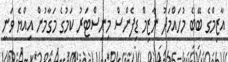
އާޒިމްގެ ބޭބެ މުހައްމަދު ނާޒިމް ޑިފެންސް މިނިސްޓަރު ކަމުގެ މަގާމުން އިއްޔެ ވަނީ